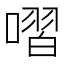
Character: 㗩